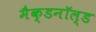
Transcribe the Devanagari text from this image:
मैक्डनॉल्ड